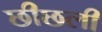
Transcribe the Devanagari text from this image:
छीछली